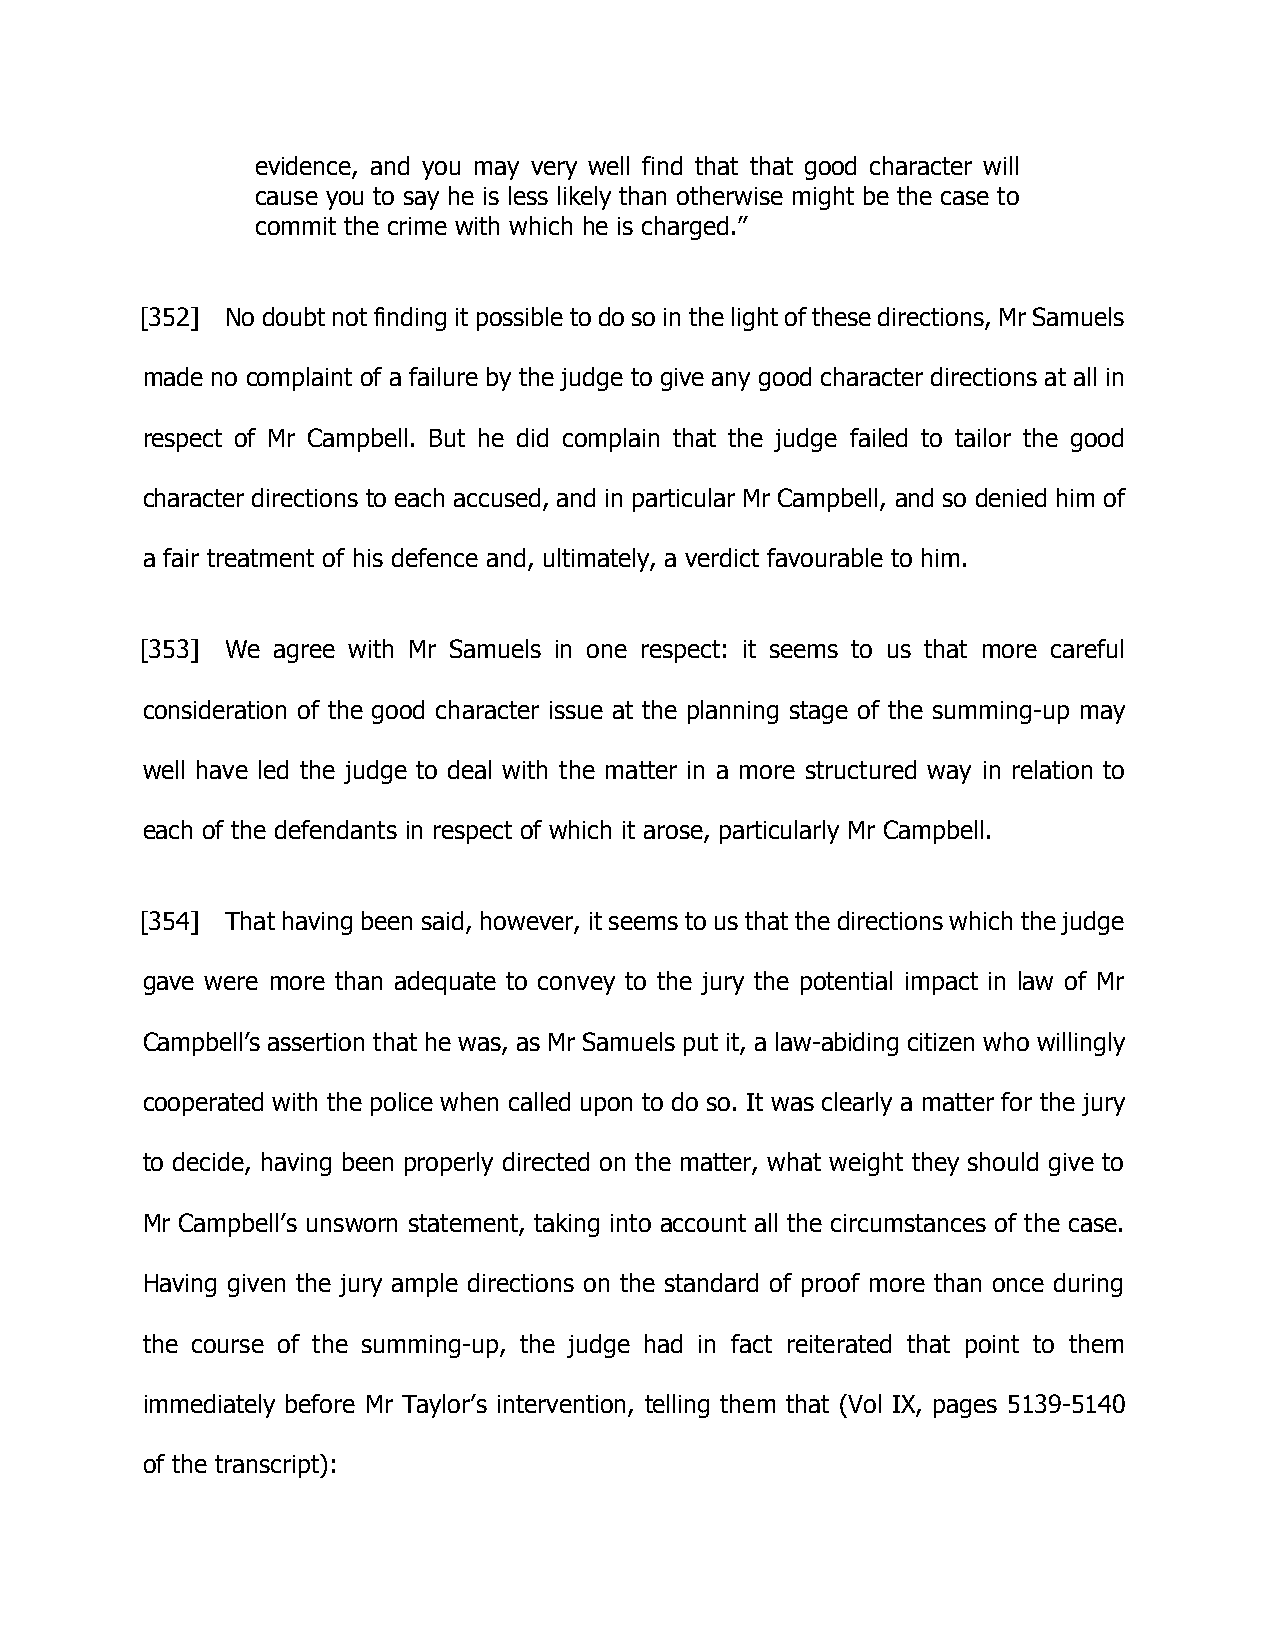
evidence, and you may very well find that that good character will
 cause you to say he is less likely than otherwise might be the case to
 commit the crime with which he is charged.”
 [352] No doubt not finding it possible to do so in the light of these directions, Mr Samuels
 made no complaint of a failure by the judge to give any good character directions at all in
 respect of Mr Campbell. But he did complain that the judge failed to tailor the good
 character directions to each accused, and in particular Mr Campbell, and so denied him of
 a fair treatment of his defence and, ultimately, a verdict favourable to him.
 [353] We agree with Mr Samuels in one respect: it seems to us that more careful
 consideration of the good character issue at the planning stage of the summing-up may
 well have led the judge to deal with the matter in a more structured way in relation to
 each of the defendants in respect of which it arose, particularly Mr Campbell.
 [354] That having been said, however, it seems to us that the directions which the judge
 gave were more than adequate to convey to the jury the potential impact in law of Mr
 Campbell’s assertion that he was, as Mr Samuels put it, a law-abiding citizen who willingly
 cooperated with the police when called upon to do so. It was clearly a matter for the jury
 to decide, having been properly directed on the matter, what weight they should give to
 Mr Campbell’s unsworn statement, taking into account all the circumstances of the case.
 Having given the jury ample directions on the standard of proof more than once during
 the course of the summing-up, the judge had in fact reiterated that point to them
 immediately before Mr Taylor’s intervention, telling them that (Vol IX, pages 5139-5140
 of the transcript):